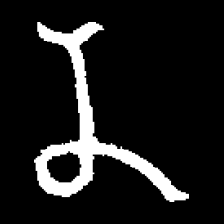
Pyu character \u2014 Myanmar letter: န (romanized: na)